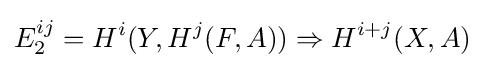
E_{2}^{ij}=H^{i}(Y,H^{j}(F,A))\Rightarrow H^{i+j}(X,A)